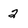
Character: 2